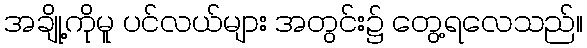
အချို့ကိုမူ ပင်လယ်များ အတွင်း၌ တွေ့ရလေသည်။